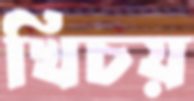
খিচয়